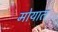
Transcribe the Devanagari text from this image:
मोयात